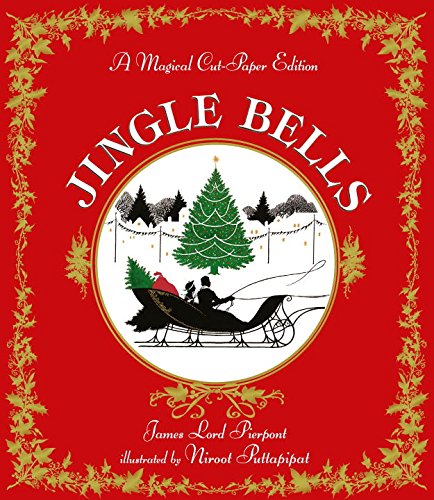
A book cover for Jingle Bells: A Magical Cut-Paper Edition; James Lord Pierpont; Children's Books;